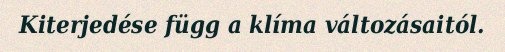
Kiterjedése függ a klíma változásaitól.